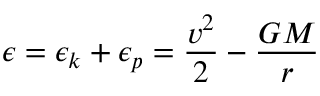
\epsilon = \epsilon _ { k } + \epsilon _ { p } = { \frac { v ^ { 2 } } { 2 } } - { \frac { G M } { r } }